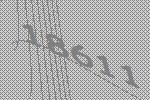
18611